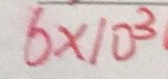
6 \times 1 0 ^ { 3 }